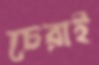
চেরাই